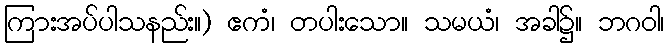
ကြားအပ်ပါသနည်း။) ဧကံ၊ တပါးသော။ သမယံ၊ အခါ၌။ ဘဂဝါ၊